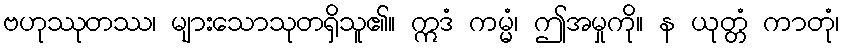
ဗဟုဿုတဿ၊ များသောသုတရှိသူ၏။ ဣဒံ ကမ္မံ၊ ဤအမှုကို။ န ယုတ္တံ ကာတုံ၊